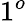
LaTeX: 1^{o}